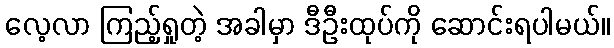
လေ့လာ ကြည့်ရှုတဲ့ အခါမှာ ဒီဦးထုပ်ကို ဆောင်းရပါမယ်။